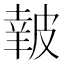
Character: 𥀀